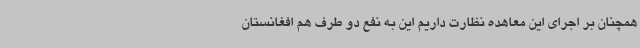
همچنان بر اجرای این معاهده نظارت داریم این به نفع دو طرف هم افغانستان